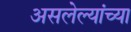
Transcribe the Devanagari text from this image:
असलेल्यांच्या